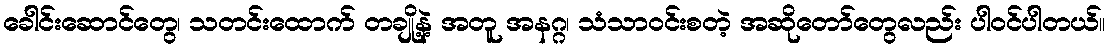
ခေါင်းဆောင်တွေ၊ သတင်းထောက် တချို့နဲ့ အတူ အနဂ္ဂ၊ သံသာဝင်းစတဲ့ အဆိုတော်တွေလည်း ပါဝင်ပါတယ်။